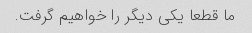
ما قطعا یکی دیگر را خواهیم گرفت.